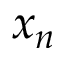
x _ { n }